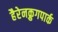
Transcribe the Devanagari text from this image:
हैरेनक्रुगपार्क